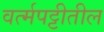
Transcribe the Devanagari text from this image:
वर्त्मपट्टीतील